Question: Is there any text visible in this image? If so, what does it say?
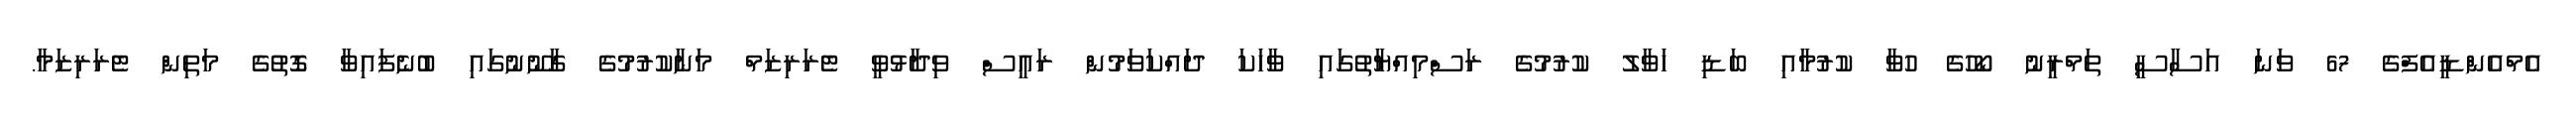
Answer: އެމްއެންޑީއެފްގެ 67 ވަނަ އަސާސީ ތަމްރީނު ކޯހުގެ ހުވާ ކުރުމާއި ބަޑި ހަވާލު ކުރުމުގެ ރަސްމިއްޔާތުގައި ވާހަކަ ދައްކަވަމުން ރައީސް ވިދާޅުވީ ޓެރަރިޒަމް މަނާކުރުމުގެ ގާނޫނުގައި ބުނެފައިވާ ގޮތުގެ މަތިން ޓެރަރިޒަމާ.